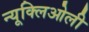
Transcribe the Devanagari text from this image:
न्यूक्लिओली